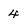
Character: 4